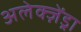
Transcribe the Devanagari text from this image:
अलेक्ज़ेंड्रा